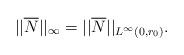
LaTeX: \begin{align*}||\overline N||_\infty = ||\overline N||_{L^\infty(0,r_0)}. \end{align*}